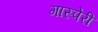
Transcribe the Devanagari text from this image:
गास्पेरी